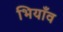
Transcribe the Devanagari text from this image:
भियाँव